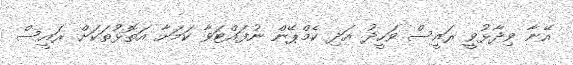
އޭނާ ވިދާޅުވީ ރައީސް ވަހީދު އަދި ކެމްޕޭން ނުފައްޓަވާ ކަމަށާ އަތޮޅުތަކަށް ރައީސް